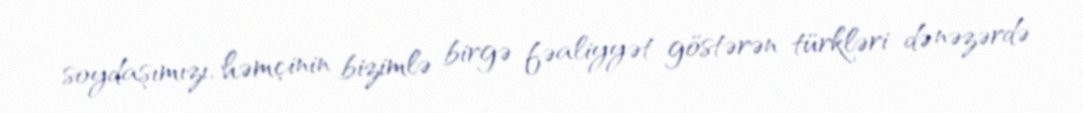
soydaşımızı, həmçinin bizimlə birgə fəaliyyət göstərən türkləri də nəzərdə